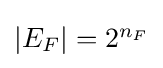
{\textstyle |E_{F}|=2^{n_{F}}}